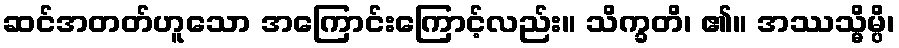
ဆင်အတတ်ဟူသော အကြောင်းကြောင့်လည်း။ သိက္ခတိ၊ ၏။ အဿသ္မိမ္ပိ၊